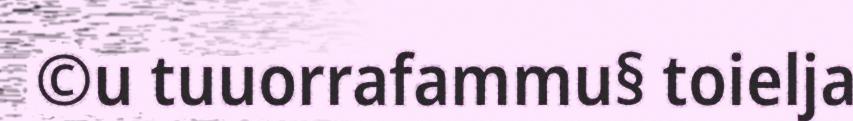
©u tuuorrafammu§ toielja